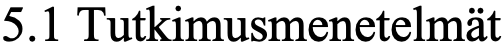
5.1 Tutkimusmenetelmät